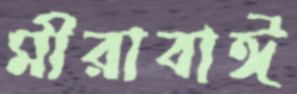
মীরাবাঈ